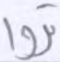
تروا